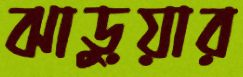
ঝাড়ুয়ার